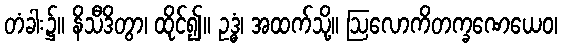
တံခါး၌။ နိသီဒိတွာ၊ ထိုင်၍။ ဥဒ္ဓံ၊ အထက်သို့။ ဩလောကိတက္ခဏေယေဝ၊